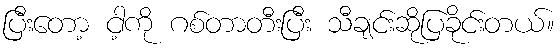
ပြီးတော့ ငါ့ကို ဂစ်တာတီးပြီး သီချင်းဆိုပြခိုင်းတယ်။